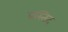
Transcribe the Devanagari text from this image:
बस्तिद